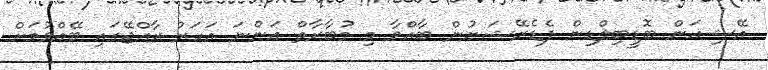
އޭޝިއަން ބޮޑީބިލްޑިން ފެޑެރޭޝަނުން ބާއްވާ މި މުބާރާތް އަންނަ އަހަރު ރާއްޖޭގައި ބޭއްވުމަށް